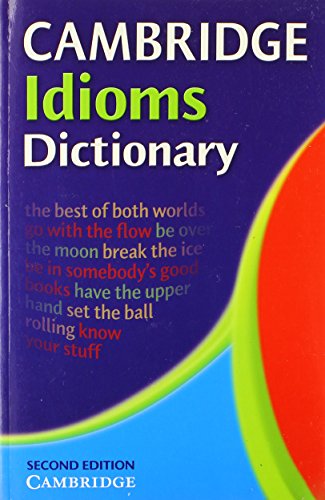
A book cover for Cambridge Idioms Dictionary; ELIZABETH (SENIOR COMMISSIONING EDITOR). WALTER; Reference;